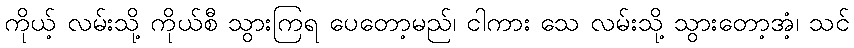
ကိုယ့် လမ်းသို့ ကိုယ်စီ သွားကြရ ပေတော့မည်၊ ငါကား သေ လမ်းသို့ သွားတော့အံ့၊ သင်